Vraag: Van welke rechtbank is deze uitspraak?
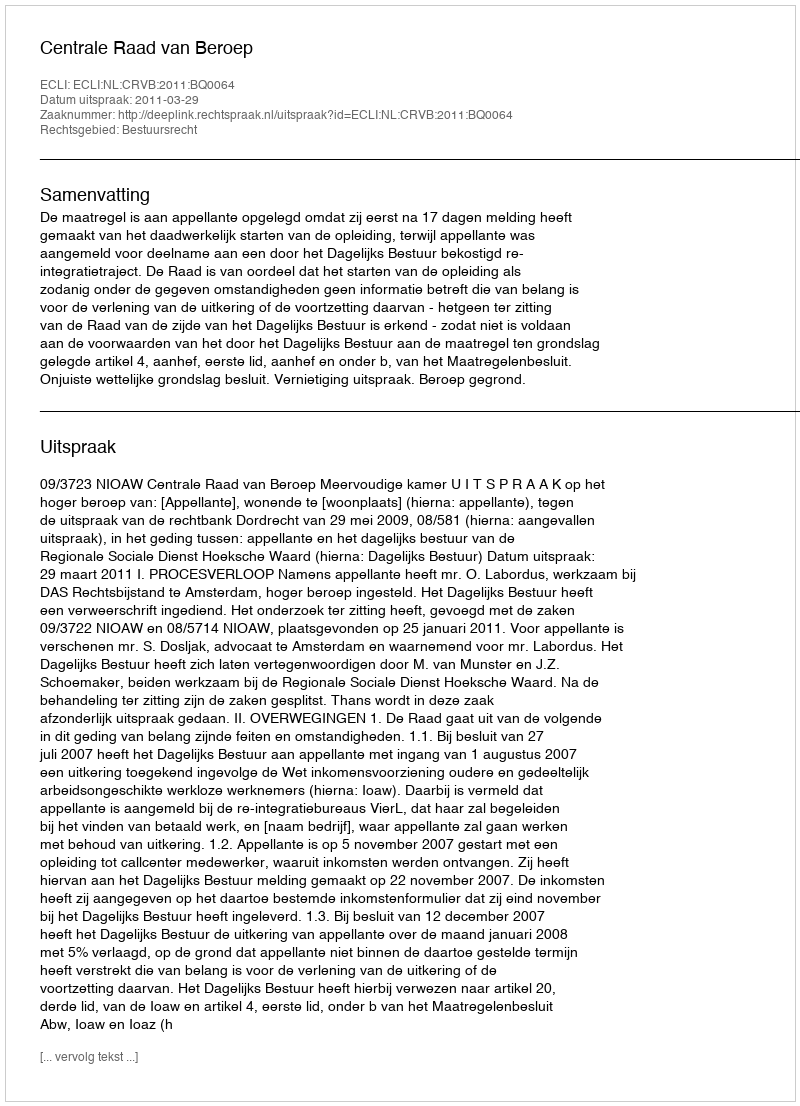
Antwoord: Centrale Raad van Beroep